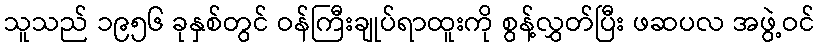
သူသည် ၁၉၅၆ ခုနှစ်တွင် ဝန်ကြီးချုပ်ရာထူးကို စွန့်လွှတ်ပြီး ဖဆပလ အဖွဲ့ဝင်